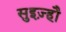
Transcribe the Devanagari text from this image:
सुइज़्हौ